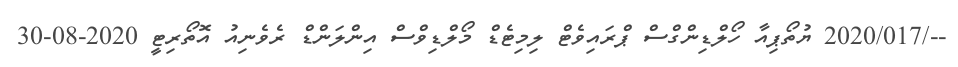
--/2020/017 ޔުތޯޕިއާ ހޯލްޑިންގްސް ޕްރައިވެޓް ލިމިޓެޑް މޯލްޑިވްސް އިންލަންޑް ރެވެނިއު އޮތޯރިޓީ 2020-08-30